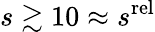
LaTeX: s\gtrsim 10\approx s^{\mathrm{rel}}